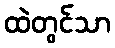
ထဲတွင်သာ